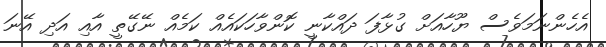
އެހެންނަމަވެސް ޔޫހާއަށް ގުޅާފަ ދައްކާނީ ކޮންވާހަކައެއް ކަމެއް ނޭގޭތީ އާއި އަދި އޭނަ